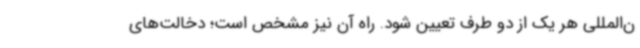
ن‌المللی هر یک از دو طرف تعیین شود. راه آن نیز مشخص است؛ دخالت‌های